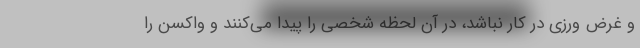
و غرض ورزی در کار نباشد، در آن لحظه شخصی را پیدا می‌کنند و واکسن را